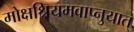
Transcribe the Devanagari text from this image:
मोक्षश्रियमवाप्नुयात्